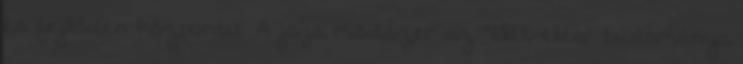
és fejlődés központú. A jóga módszer az ”élet-élés” tudománya